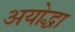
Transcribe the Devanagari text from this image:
अयोद्धा